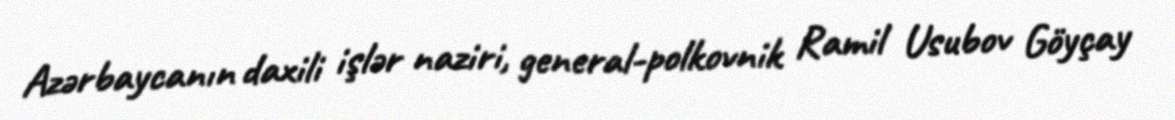
Azərbaycanın daxili işlər naziri, general-polkovnik Ramil Usubov Göyçay